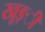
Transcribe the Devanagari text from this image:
खूङ्ी